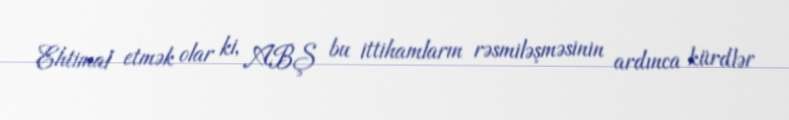
Ehtimal etmək olar ki, ABŞ bu ittihamların rəsmiləşməsinin ardınca kürdlər